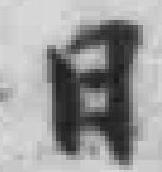
日